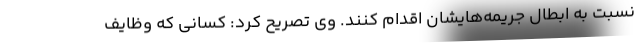
نسبت به ابطال جریمه‌هایشان اقدام کنند. وی تصریح کرد: کسانی که وظایف